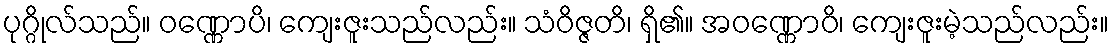
ပုဂ္ဂိုလ်သည်။ ဝဏ္ဏောပိ၊ ကျေးဇူးသည်လည်း။ သံဝိဇ္ဇတိ၊ ရှိ၏။ အဝဏ္ဏောဝိ၊ ကျေးဇူးမဲ့သည်လည်း။